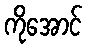
ကိုအောင်